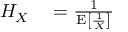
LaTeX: \begin{array} { r l } { H _ { X } } & { { } = { \frac { 1 } { \operatorname { E } \left[ { \frac { 1 } { X } } \right] } } } \end{array}